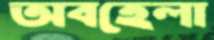
অবহেলা